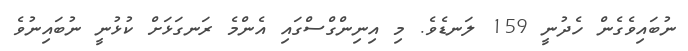
ނުބައިވެގެން ހެދުނީ 159 ލަނޑެވެ. މި އިނިންގްސްގައި އެންމެ ރަނގަޅަށް ކުޅުނީ ނުބައިނުވެ